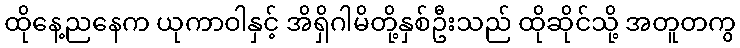
ထိုနေ့ညနေက ယုကာဝါနှင့် အိရှိဂါမိတို့နှစ်ဦးသည် ထိုဆိုင်သို့ အတူတကွ